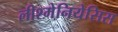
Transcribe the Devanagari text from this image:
लीश्मेनियेसिस